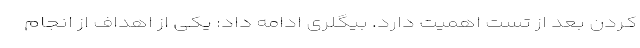
کردن بعد از تست اهمیت دارد. بیگلری ادامه داد: یکی از اهداف از انجام